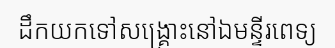
ដឹកយកទៅសង្គ្រោះនៅឯមន្ទីរពេទ្យ